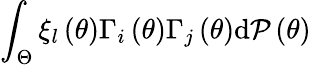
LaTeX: \int_{\Theta}\xi_{l}\left(\theta\right)\Gamma_{i}\left(\theta\right)\Gamma_{j}\left(\theta\right)\mathrm{d}{\cal P}\left(\theta\right)